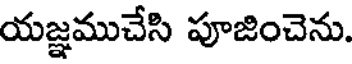
యజ్ఞముచేసి పూజించెను.